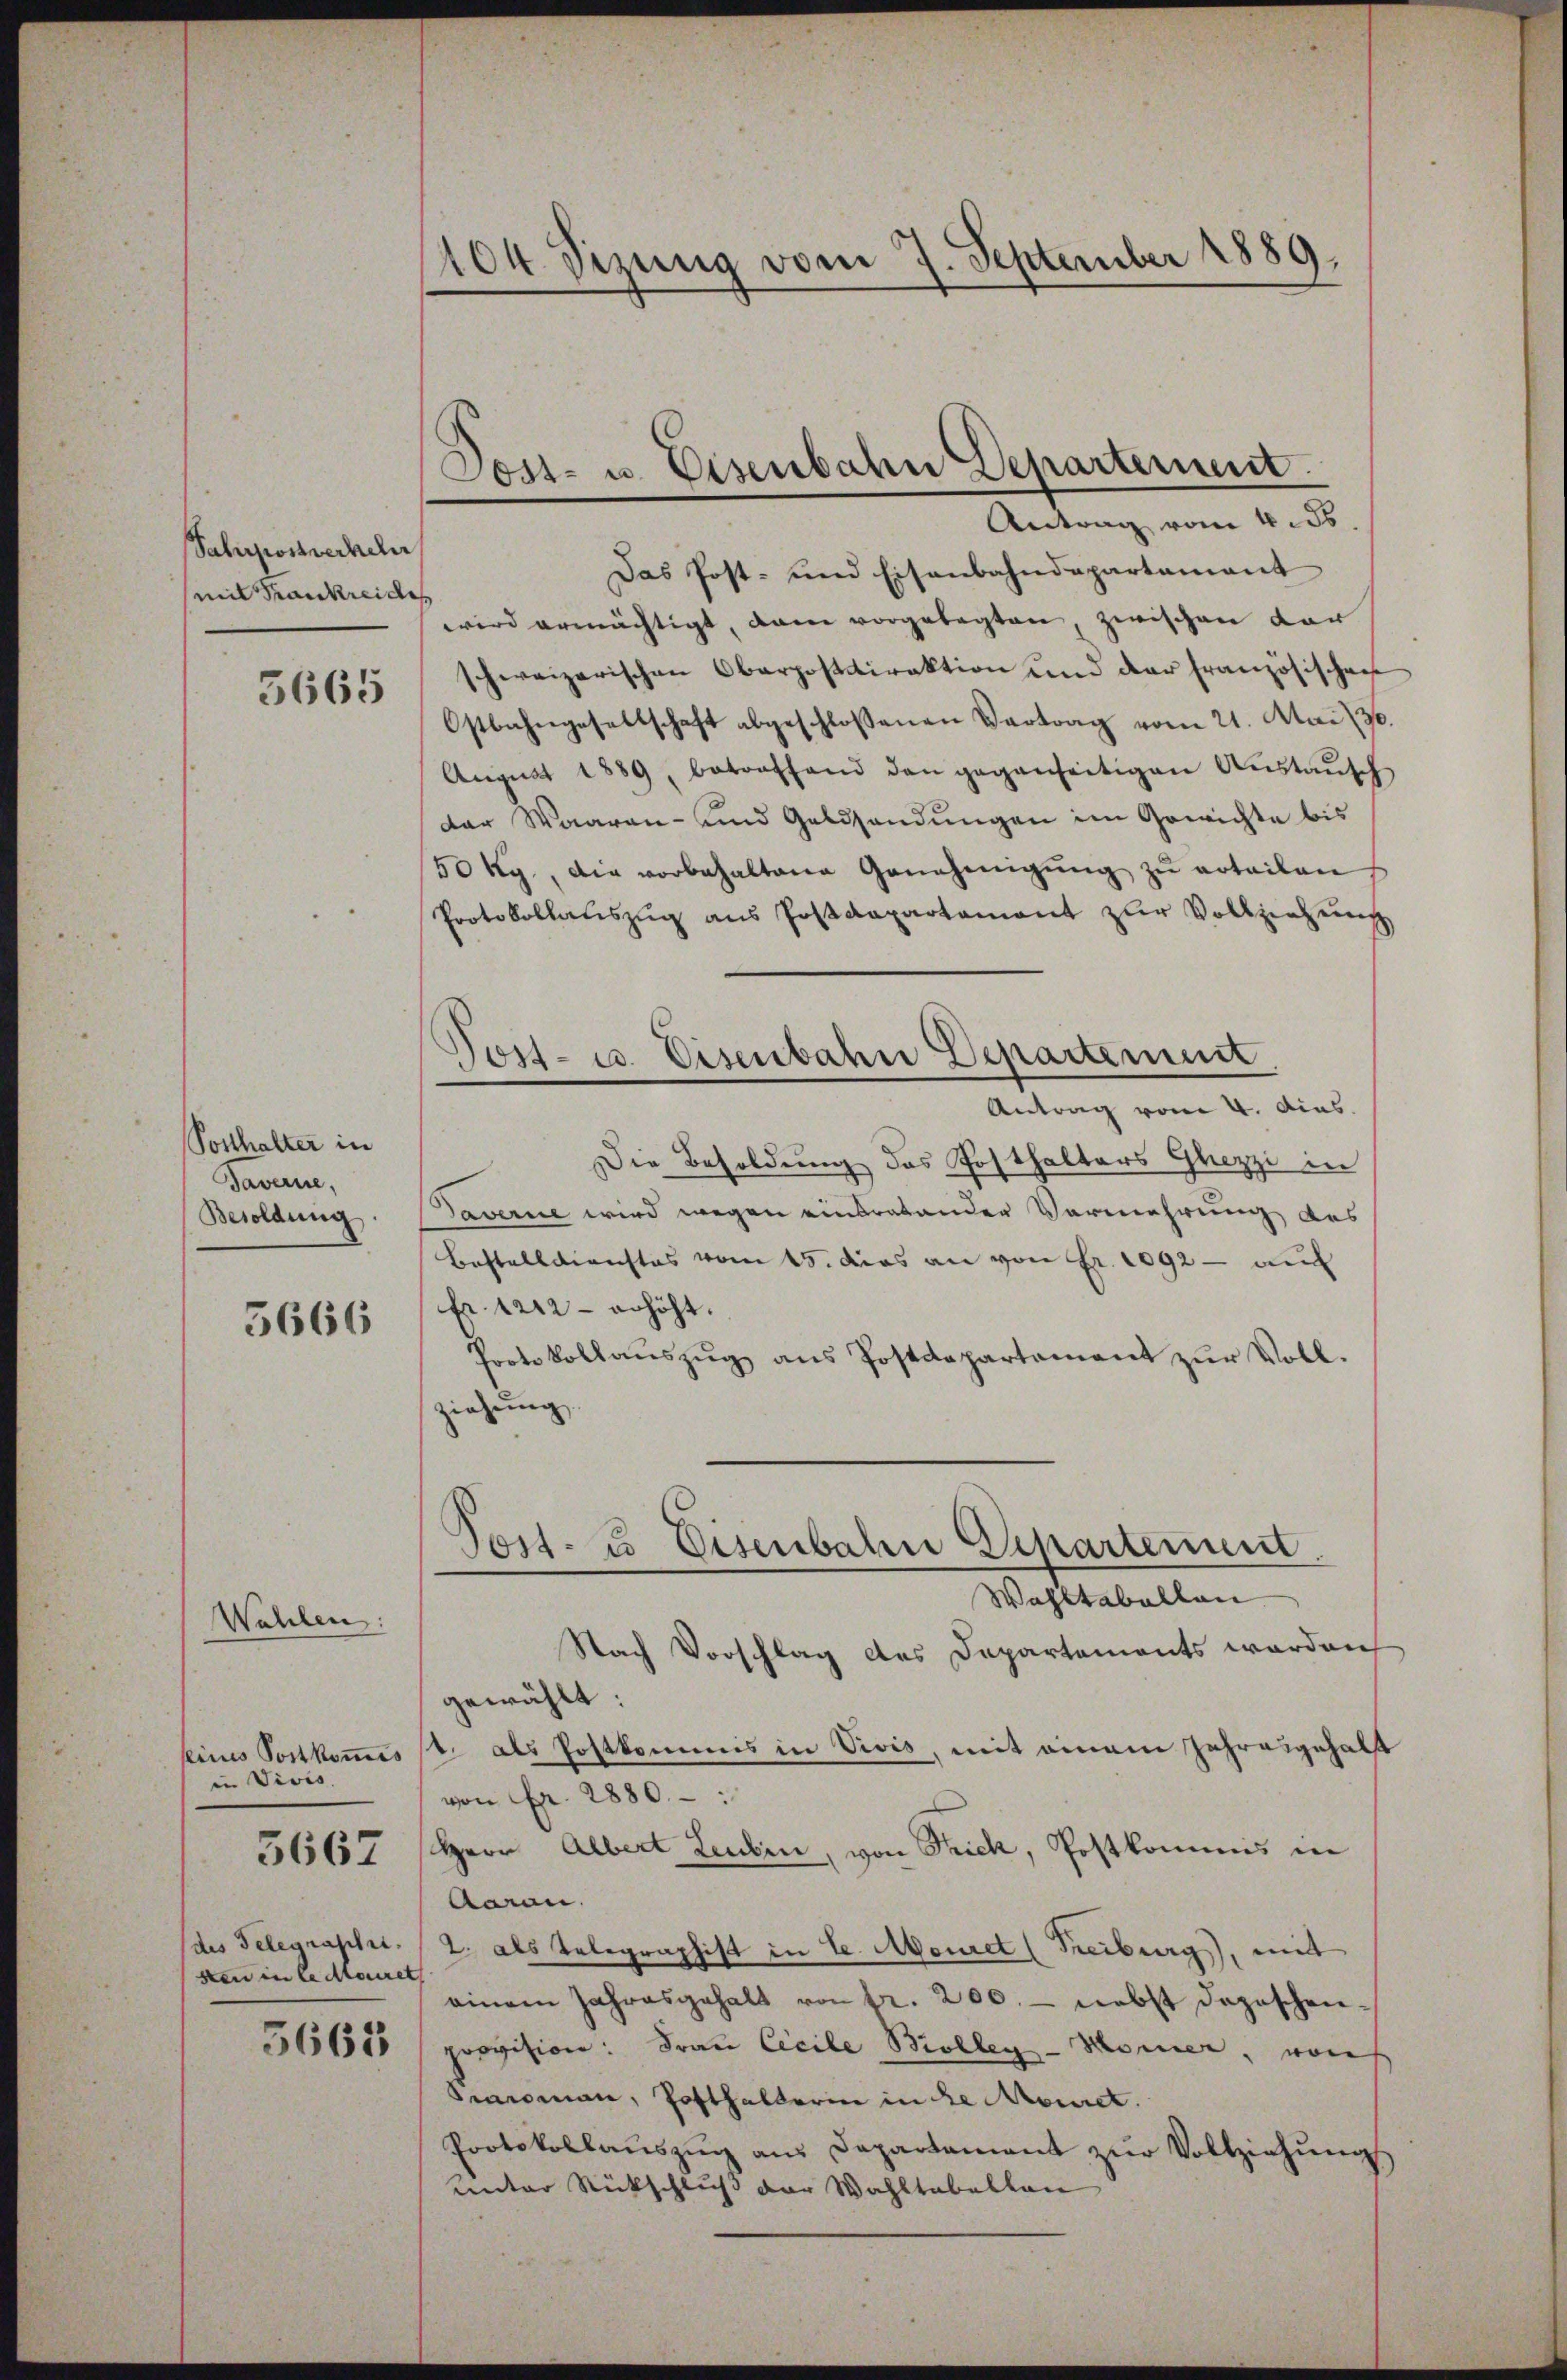
Sahrpostverheli
mit Frankreide

3665

Posthalter in
Taverne,
Besoldung
5666

Wahlen
seines Postkommis
in Divis.

5667

dis Telegraphie.
sten in lederiret

5663

1104 Sizung vom 7. September 1889.
d

Post- u. Eisenbahn Departement.
Antrag vom 4. ds.

Das Post- und Eisenbahndepartament
wird ermächtigt, dann vorgelegten, zwischen dar
schweizerischen Oberpostdirektion und der französischen
Ostbahngesellschaft abgeschlossenen Vertrag vom 21. Mai 20.
Aŭgŭst 1889, betreffend den gegenseitigen Aŭstaŭsch
der Waaren- und Geldsendŭngen im Gewichte bis
50 kg., die vorbehaltene Genehmigŭng zu erteilen
Protokollauszug aus Postdepartament zur Vollziehung
Antrag vom 4. dies
Die Besoldung des Posthalters Ghezzi in
Daverne wird wegen eindratender Vermehrung des
Bestelldienstes vom 15. das an von Fr. 1092 - auf
Fr. 1212 - erhöht.
Protokollaŭszŭg ans Postdepartement zŭr Voll-
ziehŭng.
Tost- & Eisenbahn Departement.
Wahltabellan
Nach Vorschlag des Departements werden
gewählt:
t. als Postkommis in Vivis, mit einem Jahresgehalt
von Fr. 2880.
Herr Albert Leubin, von Trich, Postkommis in
Aaran.
2 als Telegraphist in Se. Monet (Treiburg, mit
einem Jahresgehalt von fr. 200.- nebst dazoschen-
provision: Frau Cicile Biolleg - Moser, von
raroman, Posthalterin in de Mauret.
Protokollaŭszŭg ans Departament zŭr Vollziehŭng
unter Rückschluß der Wahltabalten

Post- u. Eisenbahn Departement.